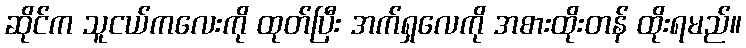
ဆိုင်က သူငယ်ကလေးကို ထုတ်ပြီး အက်ရှလေကို အစားထိုးတန် ထိုးရမည်။